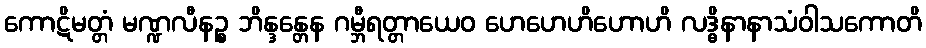
ကောဋိမတ္တံ မဏ္ဍလီနဉ္စ ဘိန္ဒန္တေန ဂမ္ဘီရတ္တာယေဝ ဟေဟေဟိဟောဟိ လဒ္ဓိနာနာသံဝါသကောတိ